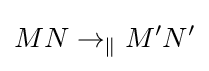
MN\rightarrow _{\|}M'N'